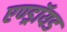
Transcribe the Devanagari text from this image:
एण्ड्रॉयड